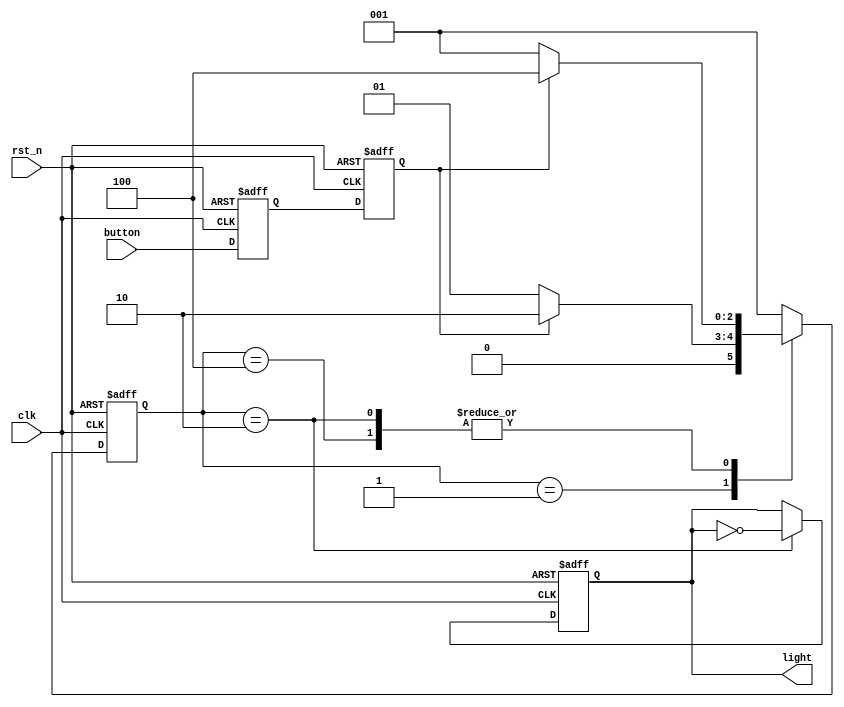
//https://blog.csdn.net/SuperiorEE/article/details/128880282
//moore
module button_light2#(
    parameter   S1=3'b001,      //one-hot encode state
                S2=3'b010,
                S3=3'b100
)
(
    input       clk     ,
                button  ,
                rst_n   ,
                
    output  reg light
);
reg [2:0]   current_state   ,
            next_state      ;
reg         button_d1       ,
            button_d2        ;
/**/
always @(posedge clk or negedge rst_n) begin
    if(~rst_n)
        {button_d2,button_d1}<=2'b00;
    else
        {button_d2,button_d1}<={button_d1,button};
end
//
always @(posedge clk,negedge rst_n) begin
    if(~rst_n)
        current_state<=S1;          //
    else
        current_state<=next_state;  //
end
//:
always@(*)begin
    case (current_state)
        S1:
            next_state=(button_d2==0)?S1:S2;
        S2:
            next_state=(button_d2==0)?S1:S3;
        S3:
            next_state=(button_d2==0)?S1:S3;
        default: 
            next_state=S1;
    endcase
end
//:mealymooremealy
always@(posedge clk,negedge rst_n)begin
    if(~rst_n)
        light<=0;
    else if(current_state==S2)
        light<=~light;
        
end
endmodule